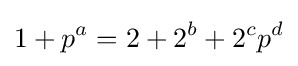
1+p^{a}=2+2^{b}+2^{c}p^{d}